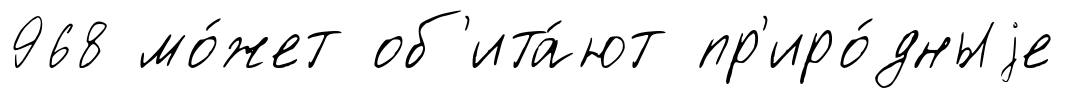
968 мо́жет об'ита́ют пр'иро́дныjе